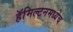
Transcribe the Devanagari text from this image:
हॅमिल्टनमध्येच